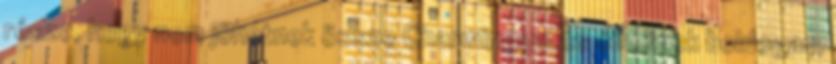
része, hogy nem jöhetnek össze Charminggal és élhetnek boldogan,